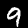
Digit: 9